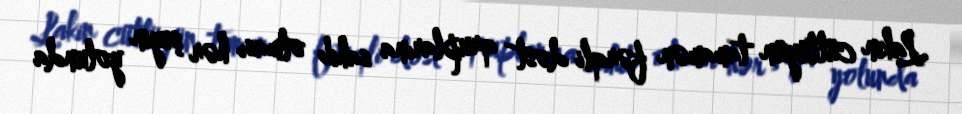
Lakin cütlüyün tamamən fərqli dost qruplarına sahib olması hər şeyin yolunda